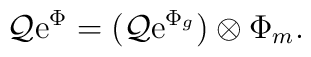
{\cal Q} {\rm e}^{\Phi}=\bigl( {\cal Q} {\rm e}^{\Phi_g} \bigr) \otimes \Phi_m.